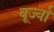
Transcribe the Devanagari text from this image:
बूर्ज्वा